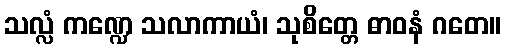
သလ္လံ ကဏ္ဍေ သလာကာယံ၊ သုစိတ္တေ ဓာဝနံ ဂတေ။